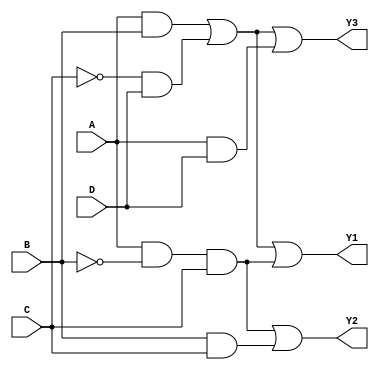
module jewel_pal (
    input wire A,      // Input A
    input wire B,      // Input B
    input wire C,      // Input C
    input wire D,      // Input D
    output wire Y1,    // Output Y1
    output wire Y2,    // Output Y2
    output wire Y3     // Output Y3
);

// Programmable AND array
wire and1, and2, and3, and4;

// Example programmable connections for AND gates
// You can customize these connections as needed
assign and1 = (A & B) | (~C & D); // Example AND gate 1
assign and2 = (A & ~B & C);       // Example AND gate 2
assign and3 = (B & C);            // Example AND gate 3
assign and4 = (A & D);            // Example AND gate 4

// Fixed OR array
assign Y1 = and1 | and2;          // Output Y1 is the sum of products from AND gates 1 and 2
assign Y2 = and2 | and3;          // Output Y2 is the sum of products from AND gates 2 and 3
assign Y3 = and1 | and4;          // Output Y3 is the sum of products from AND gates 1 and 4

endmodule